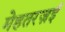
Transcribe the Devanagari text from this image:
मेहतरज़ई